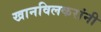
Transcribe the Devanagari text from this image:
खानविलकरांनी